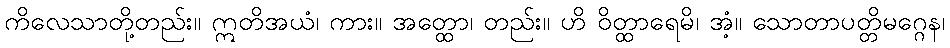
ကိလေသာတို့တည်း။ ဣတိအယံ၊ ကား။ အတ္ထော၊ တည်း။ ဟိ ဝိတ္ထာရေမိ၊ အံ့။ သောတာပတ္တိမဂ္ဂေန၊